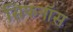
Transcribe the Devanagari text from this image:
सिफनॉस